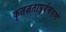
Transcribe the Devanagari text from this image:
कृतज्ञतापूर्वकपणे